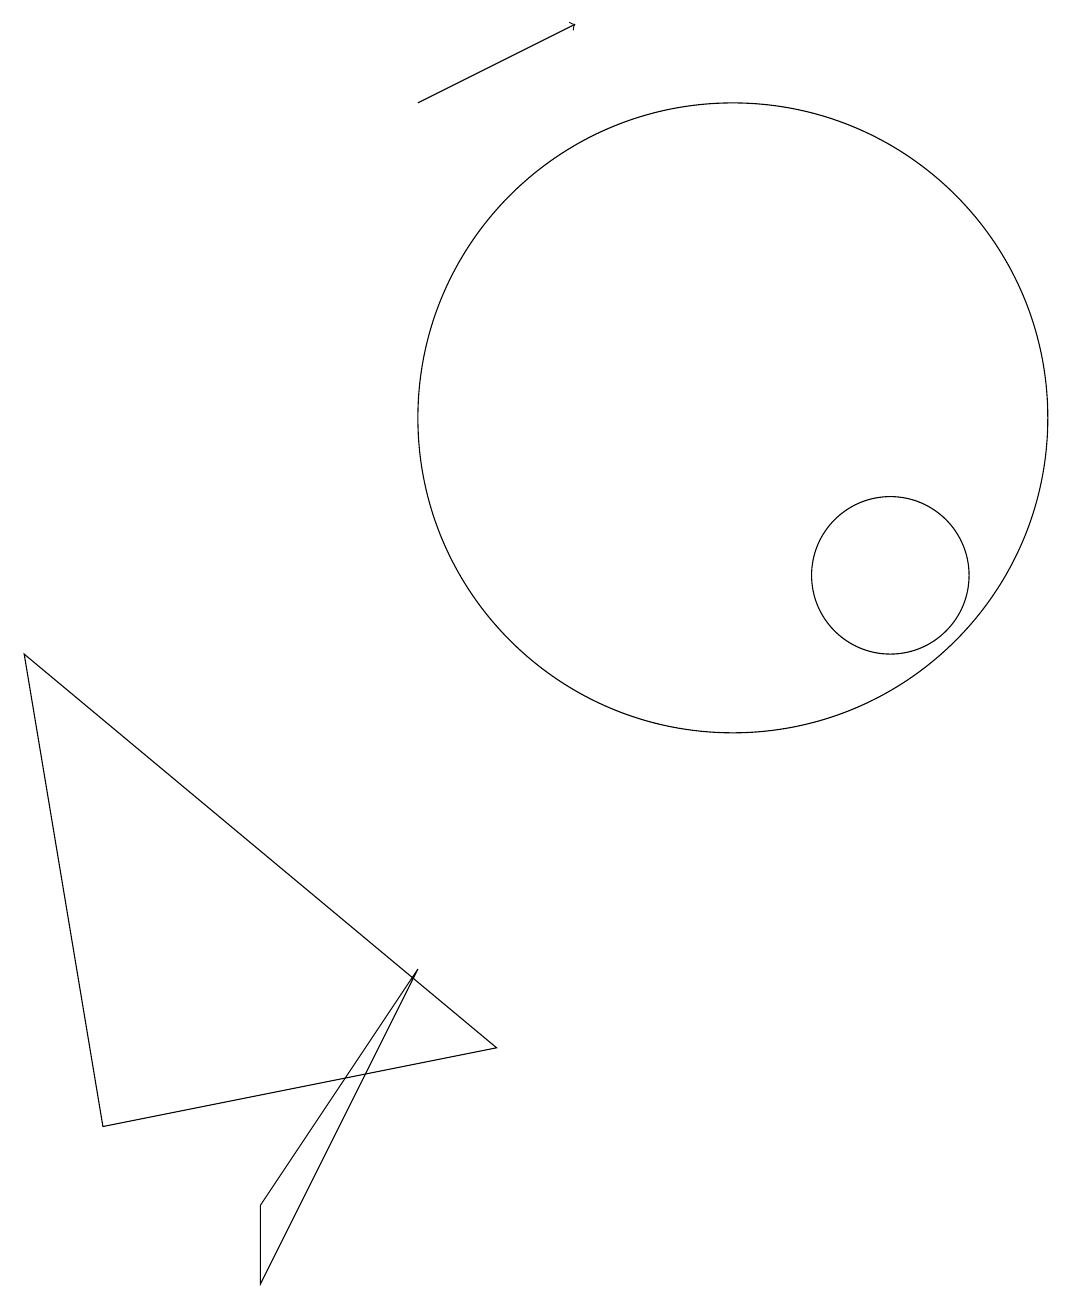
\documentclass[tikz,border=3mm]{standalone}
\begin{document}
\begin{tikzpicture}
\draw (4,1) -- (6,5) -- (4,2) -- cycle;
\draw (12,10) circle (1);
\draw[->] (6,16) -- (8,17);
\draw (7,4) -- (1,9) -- (2,3) -- cycle;
\draw (10,12) circle (4);
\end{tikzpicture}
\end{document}